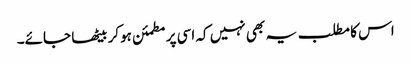
اس کا مطلب یہ بھی نہیں کہ اسی پر مطمئن ہوکر بیٹھا جائے۔